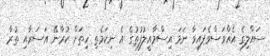
ސައްލިގެ އެއްވަސްވެފައިވާ ނަމަ އިސްމާއީލުފުތުގެ އެ ނިކަމެތި ހިތަށް ކުރާނޭ އަސަރާއި ތުރާ